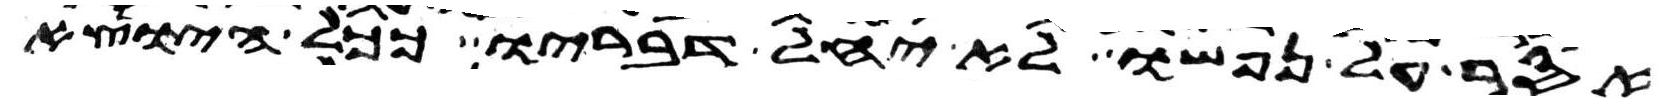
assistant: אסר על נפשו לא יחל דבריו ככל היוצא